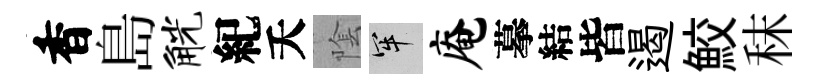
香島觥紀夭隂牢庵摹結皆遏鮫秣